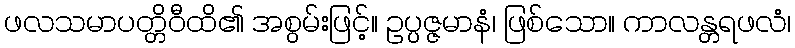
ဖလသမာပတ္တိဝီထိ၏ အစွမ်းဖြင့်။ ဥပ္ပဇ္ဇမာနံ၊ ဖြစ်သော။ ကာလန္တရဖလံ၊